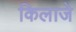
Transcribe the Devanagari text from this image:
किलाजे